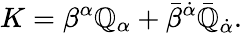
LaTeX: K=\beta^{\alpha}\mathbb{Q}_{\alpha}+\bar{{\beta}}^{\dot{{\alpha}}}\bar{{\mathbb{Q}}}_{\dot{{\alpha}}}.